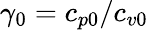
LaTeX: \gamma_{0}=c_{p0}/c_{v0}